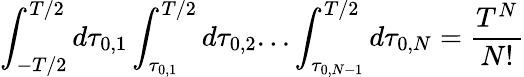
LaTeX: \int_{-T/2}^{T/2}d\tau_{0,1}\int_{\tau_{0,1}}^{T/2}d\tau_{0,2}...\int_{\tau_{0,N-1}}^{T/2}d\tau_{0,N}=\frac{T^{N}}{N!}